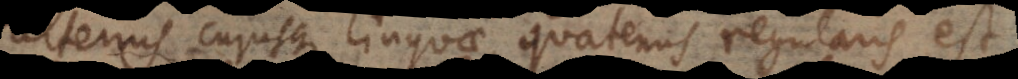
alterius cujusque linguae, quatenus regularis est,